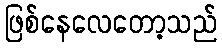
ဖြစ်နေလေတော့သည်